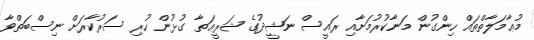
މުޢާމަލާތްތައް ހިންގުން މަނާކުރުމަށާއި ރައީސް ނަޝީދުގެ ޝަރީޢަތާ ގުޅުން ހުރި ސަރުކާރަށް ނިސްބަތްވާ